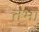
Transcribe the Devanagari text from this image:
तभा